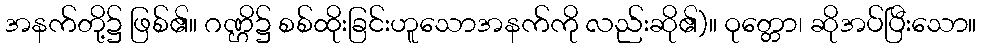
အနက်တို့၌ ဖြစ်၏။ ဂဏ္ဌိ၌ စစ်ထိုးခြင်းဟူသောအနက်ကို လည်းဆို၏)။ ဝုတ္တော၊ ဆိုအပ်ပြီးသော။